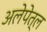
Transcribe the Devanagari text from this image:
अलेपेत्ल